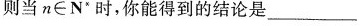
当n=则当n∈N'时，你能得到的结论是_________